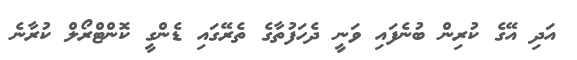
އަދި އޭގެ ކުރިން ބުނެފައި ވަނީ ދެހަފުތާގެ ތެރޭގައި ޑެންގީ ކޮންޓްރޯލް ކުރާނެ